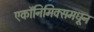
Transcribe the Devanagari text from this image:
एकॉनिमिक्समधून